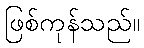
ဖြစ်ကုန်သည်။